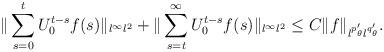
LaTeX: \begin{align*}\|\sum_{s=0}^t U_0^{t-s}f(s)\|_{l^\infty l^2}+\|\sum_{s=t}^\infty U_0^{t-s}f(s)\|_{l^\infty l^2}\leq C \|f\|_{l^{p_\theta'}l^{q_\theta'}}.\end{align*}